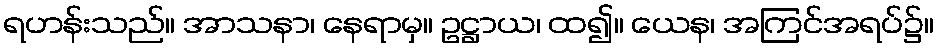
ရဟန်းသည်။ အာသနာ၊ နေရာမှ။ ဥဋ္ဌာယ၊ ထ၍။ ယေန၊ အကြင်အရပ်၌။